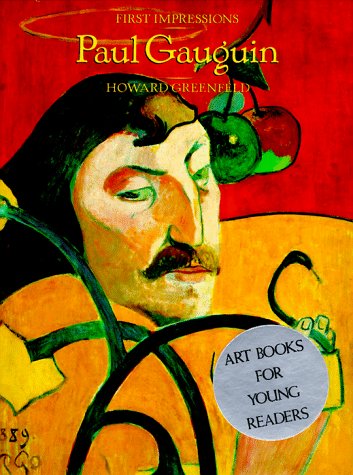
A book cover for First Impressions: Paul Gauguin (First Impressions Series); Howard Greenfeld; Teen & Young Adult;